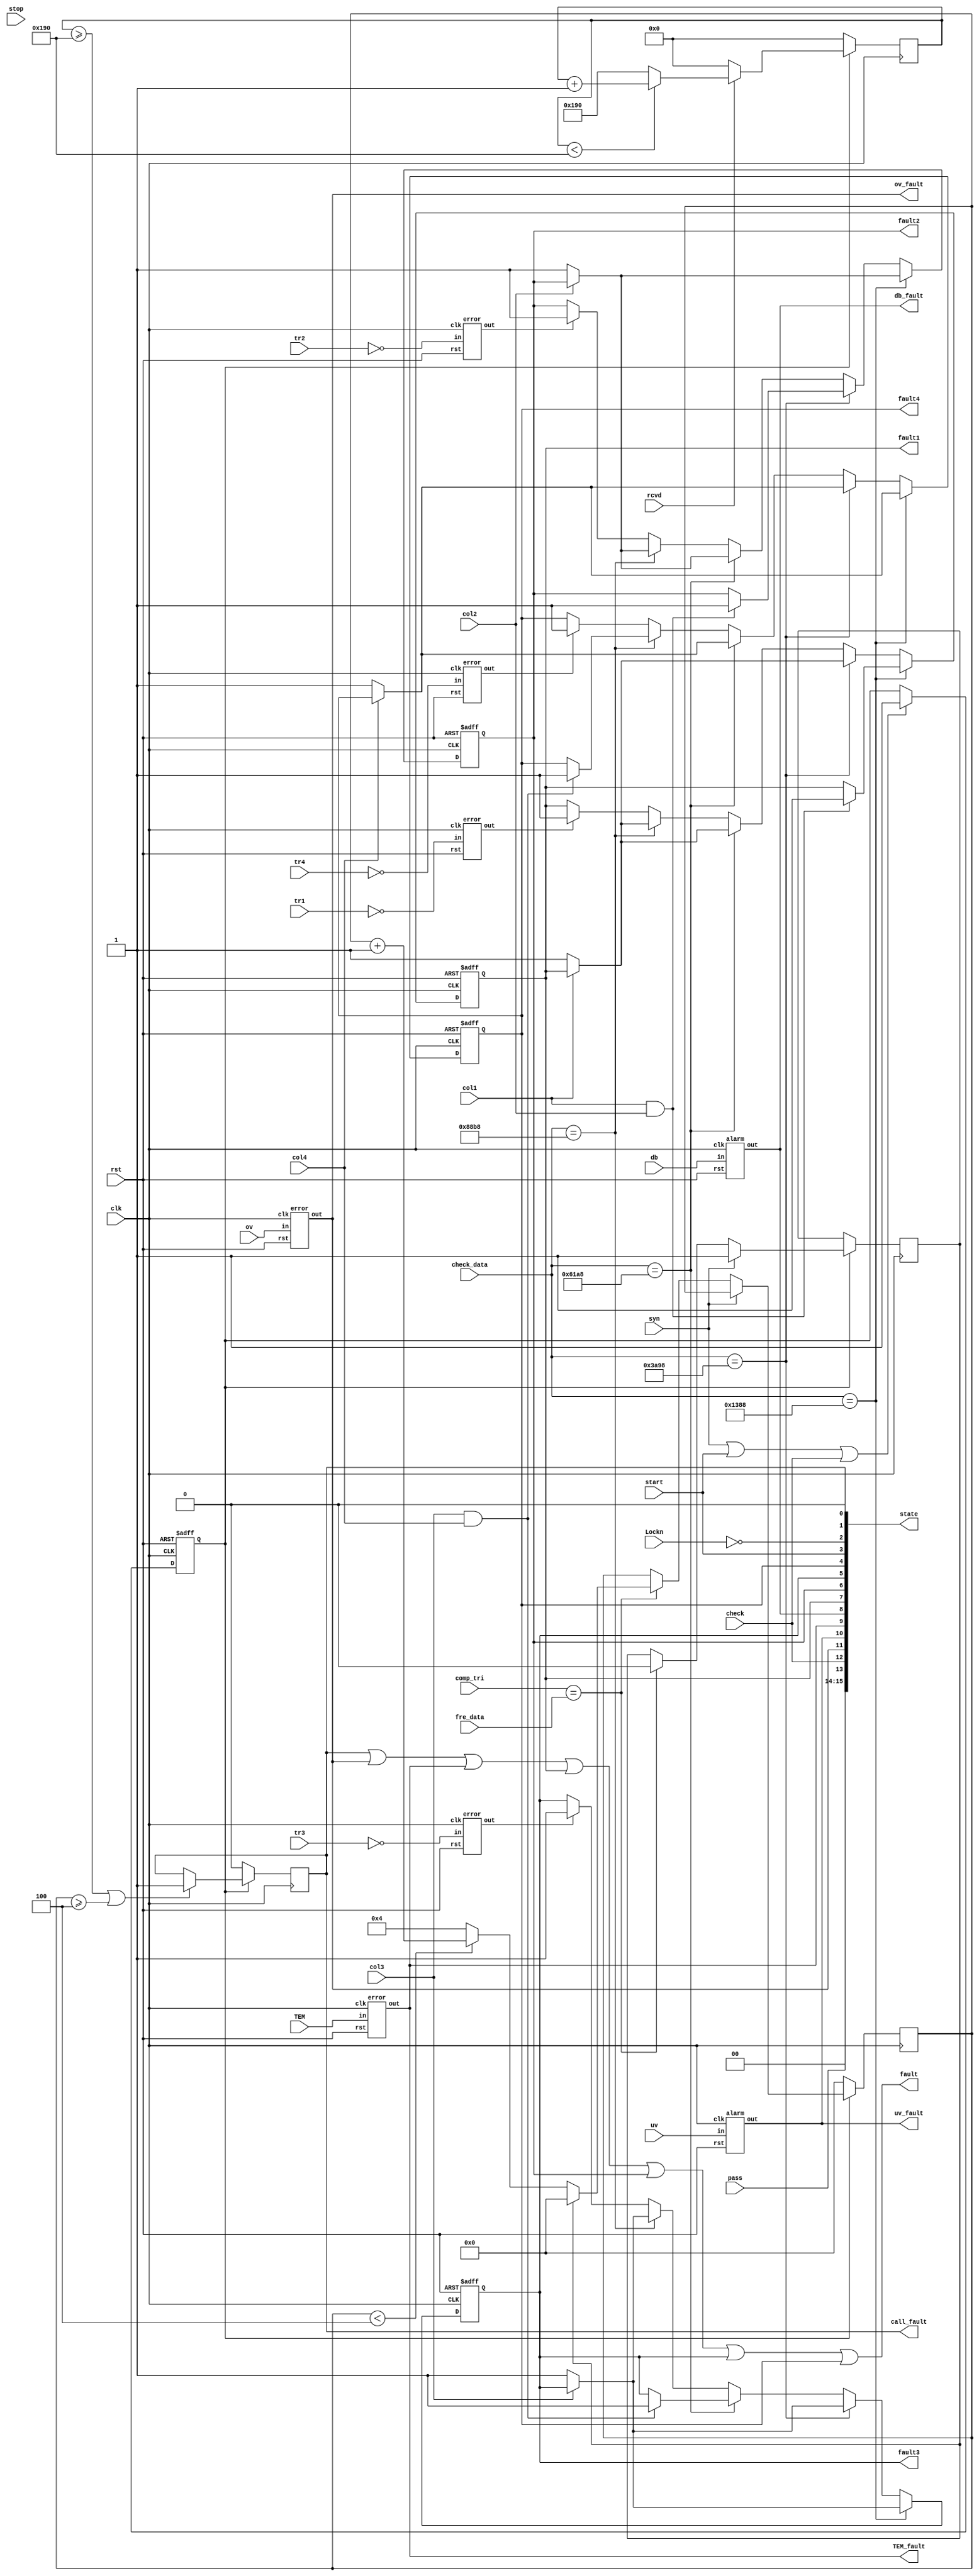
module sign_deal(clk, start, stop, rst, check, pass, Lockn, syn, rcvd,
			tr1, tr2, tr3, tr4, ov, uv, TEM, db, col1, col2, col3, col4,
			check_data, fre_data, state, comp_tri,
            fault, fault1, fault2, fault3, fault4, call_fault,
            ov_fault, uv_fault, db_fault, TEM_fault);

	input	clk;
	input	start, stop, rst, check, pass, Lockn, syn;//hff-
	input	rcvd;
	input	[15:0]comp_tri;//hff:
	input	tr1, tr2, tr3, tr4;
	input	ov, uv, TEM, db;
	input	col1, col2, col3, col4;
	input	[15:0]check_data, fre_data;
    
	output	[15:0]state;
	output	fault;
	output	fault1, fault2, fault3, fault4, call_fault;
	output	ov_fault, uv_fault, db_fault, TEM_fault;  //hffLED
	
	wire	[15:0]state;
	wire	fault;
	reg		fault1, fault2, fault3, fault4;
	
	reg		[9:0]call_count1;
	reg		[3:0]call_count2;
	reg		connect;
	reg		call_fault;
	reg		ready;
	
	wire	switch_fault1, switch_fault2, switch_fault3, switch_fault4;
	wire	tr1_n, tr2_n, tr3_n, tr4_n;
	
	initial
	begin
	fault1 = 1'b0;
	fault2 = 1'b0;
	fault3 = 1'b0;
	fault4 = 1'b0;
	call_count1 = 10'b0;
	call_count2 = 4'b0;
	connect = 1'b0;
	call_fault = 1'b0;
	ready = 1'b0;
	end
	
	always@(posedge clk or posedge rst)
    begin
    if(rst)
        ready <= 1'b0;
    else if(syn || start || check)
        ready <= 1'b1;
    end

/*--------------------------------------------------*/
    always@(posedge clk)
    begin
    if(ready)
        begin
        if(!rcvd)
            call_count1 <= 10'b0;
        else if(call_count1 < 10'd400)
            call_count1 <= call_count1 + 1'b1;
        else
            call_count1 <= 10'd400;
        end
    else
        call_count1 <= 10'b0;
    end
    
    always@(posedge clk)
    begin
	if(ready)
		begin
		if(syn)
			connect <= 1'b1;
		else if(comp_tri == fre_data)
			begin
			connect <= 1'b0;
			if(connect)
				call_count2 <= 4'b0;
			else if(call_count2 < 4'b0100)
				call_count2 <= call_count2 + 1'b1;
			else
				call_count2 <= 4'b0100;
			end
		end
	else
		call_count2 <= 4'b0;
	end

    always@(posedge clk)
    begin
    if(!ready)
        call_fault <= 1'b0;
    else if(call_count1 >= 10'd400 || 
			call_count2 >= 4'b0100)
        call_fault <= 1'b1;
    end
    
/*----------------------------------------------------*/
	always@(posedge clk or posedge rst)
	begin
	if(rst)
		begin
		fault1 <= 1'b0;
		fault2 <= 1'b0;
		fault3 <= 1'b0;
		fault4 <= 1'b0;
		end
	else if(check_data == 16'd5000)
        begin
        if(col1 && col2)
            fault1 <= 1'b1;
        if(!col2)
            fault2 <= 1'b1;
        if(!col3)
            fault3 <= 1'b1;
        if(!col4)
            fault4 <= 1'b1;
        end
    else if(check_data == 16'd15000)
        begin
        if(!col1)
            fault1 <= 1'b1;
        if(col2 && col1)
            fault2 <= 1'b1;
        if(!col3)
            fault3 <= 1'b1;
        if(!col4)
            fault4 <= 1'b1;
        end
    else if(check_data == 16'd25000)
        begin
        if(!col1)
            fault1 <= 1'b1;
        if(!col2)
            fault2 <= 1'b1;
        if(col3 && col4)
            fault3 <= 1'b1;
        if(!col4)
            fault4 <= 1'b1;
        end
    else if(check_data == 16'd35000)
        begin
        if(!col1)
            fault1 <= 1'b1;
        if(!col2)
            fault2 <= 1'b1;
        if(!col3)
            fault3 <= 1'b1;
        if(col4 && col3)
            fault4 <= 1'b1;
        end
    else
		begin
		if(switch_fault1)
			fault1 <= 1'b1;
		if(switch_fault2)
			fault2 <= 1'b1;
		if(switch_fault3)
			fault3 <= 1'b1;
		if(switch_fault4)
			fault4 <= 1'b1;
		end
    end
    
/*---------------------------------------------------------*/
    assign state = {2'b0, pass, check, ov_fault, uv_fault, TEM_fault, db_fault,
					fault1, fault2, fault3, fault4, start, (~Lockn), 1'b0, call_fault};
    
/*------------------------------------------------------*/    
    assign tr1_n = ~tr1;
    assign tr2_n = ~tr2;
    assign tr3_n = ~tr3;
    assign tr4_n = ~tr4;
    
    error t1(clk, rst, tr1_n, switch_fault1);
    error t2(clk, rst, tr2_n, switch_fault2);
    error t3(clk, rst, tr3_n, switch_fault3);
    error t4(clk, rst, tr4_n, switch_fault4);
    
 error ov_f(clk, rst, ov, ov_fault); //  error db_f(clk, rst, db, ov_fault);//
    alarm uv_f(clk, rst, uv, uv_fault);
  error  TEM_f(clk, rst, TEM, TEM_fault);// error TEM_f(clk, rst, TEM, TEM_fault);
   alarm db_f(clk, rst, db, db_fault); // alarm ov_f(clk, rst, ov, db_fault);
    
    assign fault = (call_fault || ov_fault || TEM_fault || fault1 || fault2 || fault3 || fault4);
    
endmodule

module error(clk, rst, in, out);
    
    input	clk;
    input	rst;
    input	in;
    
    output	out;
    
    reg		out;
    reg		[3:0]count;
	
    initial
		begin
		out = 0;
		count = 0;
	end
	
    always@(posedge clk)
    begin
    if(rst)
        begin
        count <= 4'b0;
        out <= 1'b0;
        end
    else if(in)
        begin
        if(count < 4'b1000)
            count <= count + 1'b1;
        else
			begin
			count <= 4'b1000;
            out <= 1'b1;
            end
        end
    else begin
		count <= 4'b0;
		 out <= 1'b0; //del
		end
    end
    
endmodule
module error1(clk, rst, in, out);
    
    input	clk;
    input	rst;
    input	in;
    
    output	out;
    
    reg		out;
    reg		[3:0]count;
    
    always@(posedge clk)
    begin
    if(rst)
        begin
        count <= 4'b0;
        out <= 1'b0;
        end
    else if(~in)
        begin
        if(count < 4'b1000)
            count <= count + 1'b1;
        else
			begin
			count <= 4'b1000;
            out <= 1'b1;
            end
        end
    else
		count <= 4'b0;
    end
    
endmodule

module alarm(clk, rst, in, out);
    
    input	clk;
    input	rst;
    input	in;
    
    output	out;
    
    reg		out;
    reg		[3:0]count;
     initial
		begin
		out = 0;
		count = 0;
	end
    always@(posedge clk)
    begin
    if(rst)
        begin
        count <= 4'b0;
        out <= 1'b0;
        end
    else if(in)
        begin
        if(count < 4'b1000)
            count <= count + 1'b1;
        else
            begin
			count <= 4'b1000;
            out <= 1'b1;
            end
        end
    else
		begin
        if(count != 4'b0)
            count <= count - 1'b1;
        else
            begin
			count <= 4'b0;
            out <= 1'b0;
            end
        end
    end
    
endmodule
module alarm1(clk, rst, in, out);
    
    input	clk;
    input	rst;
    input	in;
    
    output	out;
    
    reg		out;
    reg		[3:0]count;
    
    always@(posedge clk)
    begin
    if(rst)
        begin
        count <= 4'b0;
        out <= 1'b0;
        end
    else if(~in)
        begin
        if(count < 4'b1000)
            count <= count + 1'b1;
        else
            begin
			count <= 4'b1000;
            out <= 1'b1;
            end
        end
    else
		begin
        if(count != 4'b0)
            count <= count - 1'b1;
        else
            begin
			count <= 4'b0;
            out <= 1'b0;
            end
        end
    end
    
endmodule